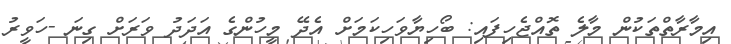
އިމާރާތްތަކުން މާލެ ތޮއްޖެހިފައި: ބޯހިޔާވަހިކަމަށް އެދޭ މީހުންގެ އަދަދު ވަރަށް ގިނަ -ހަވީރު